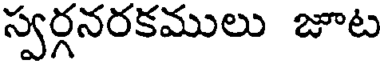
స్వర్గనరకములు జూట